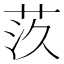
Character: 𦮛